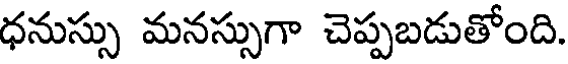
ధనుస్సు మనస్సుగా చెప్పబడుతోంది.